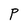
Character: P